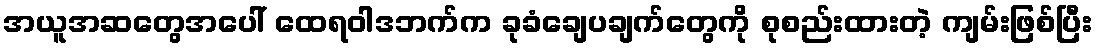
အယူအဆတွေအပေါ် ထေရဝါဒဘက်က ခုခံချေပချက်တွေကို စုစည်းထားတဲ့ ကျမ်းဖြစ်ပြီး